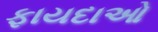
ફાયદાઓ